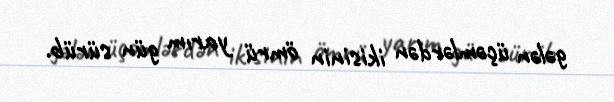
gələn üçəmlərdən ikisinin ömrü yarım gün sürüb.